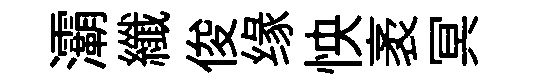
灞纖俊缘怏袤冥